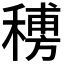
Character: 𥡨